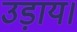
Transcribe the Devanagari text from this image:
उड़ाय।